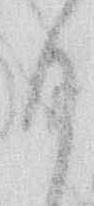
も